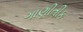
ગાણીતીક